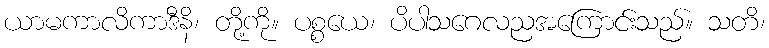
ယာမကာလိကာဒီနိ၊ တို့ကို။ ပစ္စယေ၊ ပိပါသဂေလညအကြောင်းသည်။ သတိ၊